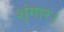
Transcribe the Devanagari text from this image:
शृंगार।